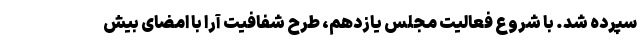
سپرده شد. با شروع فعالیت مجلس یازدهم، طرح شفافیت آرا با امضای بیش